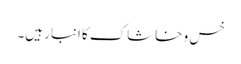
خس و خاشاک کا انبار ہیں۔